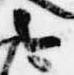
今